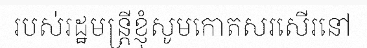
របស់រដ្ឋមន្ត្រីខ្ញុំសូមកោតសរសើរនៅ